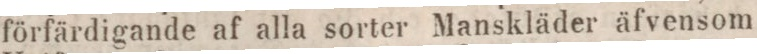
förfärdigande af alla sorter Manskläder äfvensom